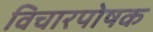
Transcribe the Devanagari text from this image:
विचारपोषक